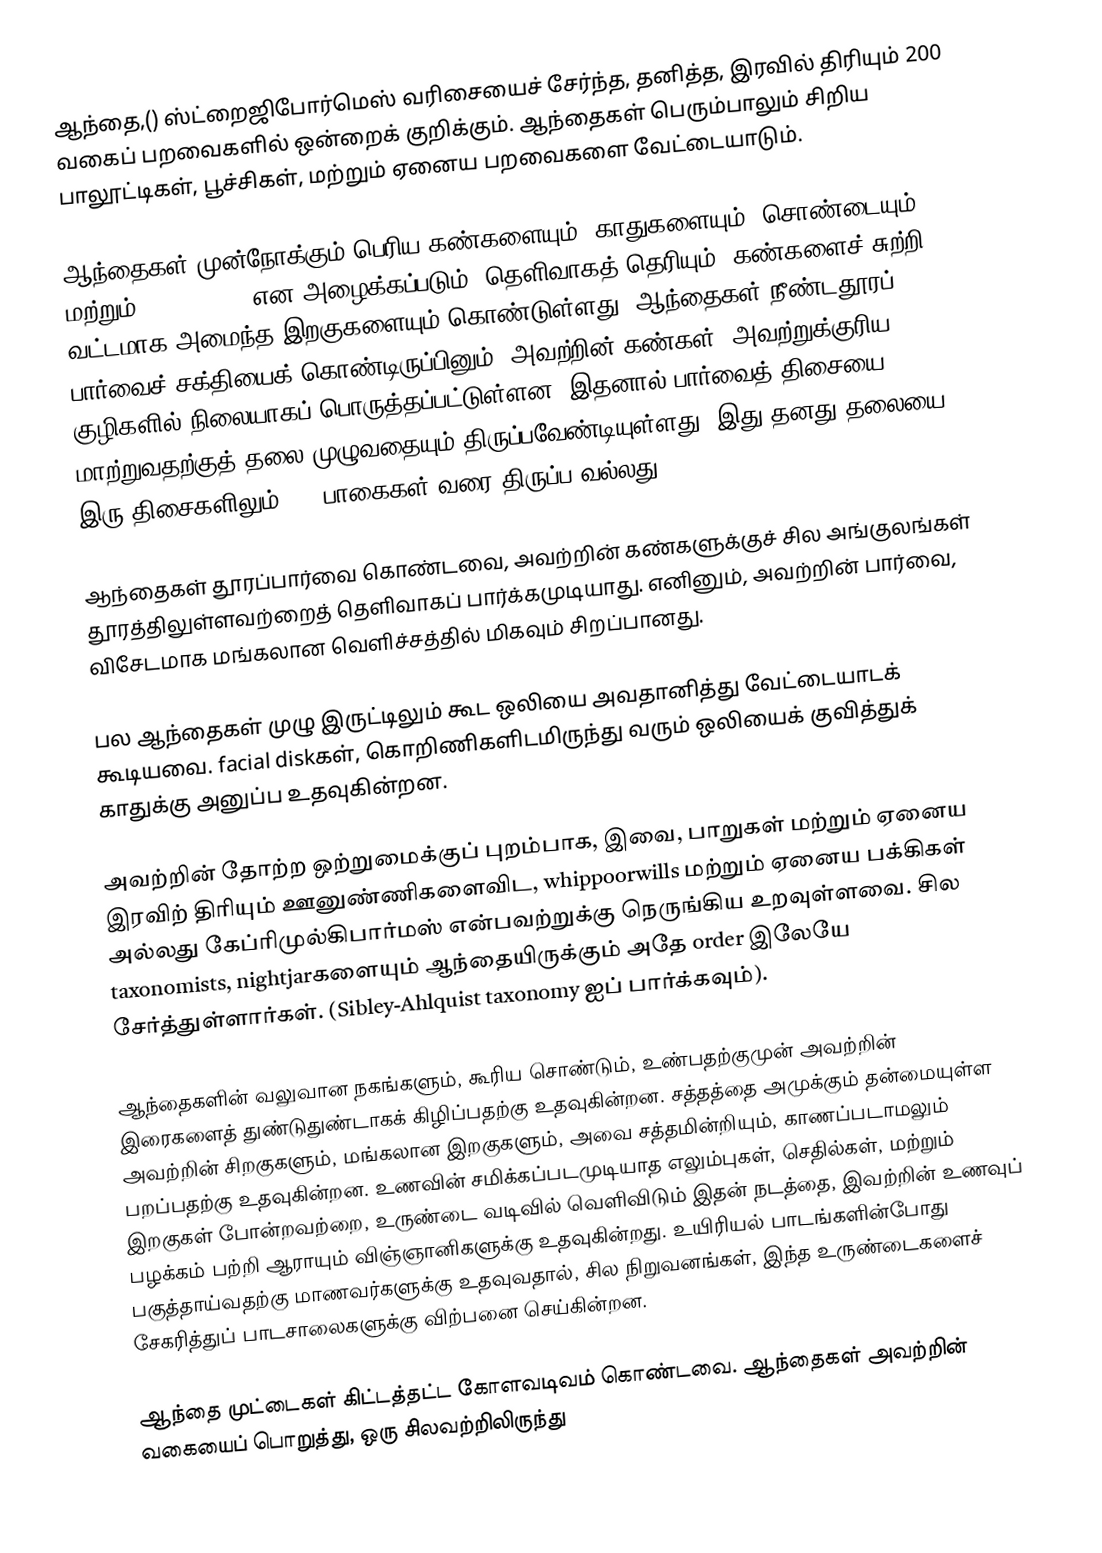
ஆந்தை,() ஸ்ட்றைஜிபோர்மெஸ் வரிசையைச் சேர்ந்த, தனித்த, இரவில் திரியும் 200 வகைப் பறவைகளில் ஒன்றைக் குறிக்கும். ஆந்தைகள் பெரும்பாலும் சிறிய பாலூட்டிகள், பூச்சிகள், மற்றும் ஏனைய பறவைகளை வேட்டையாடும்.

ஆந்தைகள் முன்நோக்கும் பெரிய கண்களையும், காதுகளையும், சொண்டையும், மற்றும் facial disk என அழைக்கப்படும், தெளிவாகத் தெரியும், கண்களைச் சுற்றி வட்டமாக அமைந்த இறகுகளையும் கொண்டுள்ளது. ஆந்தைகள் நீண்டதூரப் பார்வைச் சக்தியைக் கொண்டிருப்பினும், அவற்றின் கண்கள், அவற்றுக்குரிய குழிகளில் நிலையாகப் பொருத்தப்பட்டுள்ளன. இதனால் பார்வைத் திசையை மாற்றுவதற்குத் தலை முழுவதையும் திருப்பவேண்டியுள்ளது. இது தனது தலையை இரு திசைகளிலும் 270 பாகைகள் வரை திருப்ப வல்லது.

ஆந்தைகள் தூரப்பார்வை கொண்டவை, அவற்றின் கண்களுக்குச் சில அங்குலங்கள் தூரத்திலுள்ளவற்றைத் தெளிவாகப் பார்க்கமுடியாது. எனினும், அவற்றின் பார்வை, விசேடமாக மங்கலான வெளிச்சத்தில் மிகவும் சிறப்பானது.

பல ஆந்தைகள் முழு இருட்டிலும் கூட ஒலியை அவதானித்து வேட்டையாடக் கூடியவை. facial diskகள், கொறிணிகளிடமிருந்து வரும் ஒலியைக் குவித்துக் காதுக்கு அனுப்ப உதவுகின்றன.

அவற்றின் தோற்ற ஒற்றுமைக்குப் புறம்பாக, இவை, பாறுகள் மற்றும் ஏனைய இரவிற் திரியும் ஊனுண்ணிகளைவிட, whippoorwills மற்றும் ஏனைய பக்கிகள் அல்லது கேப்ரிமுல்கிபார்மஸ் என்பவற்றுக்கு நெருங்கிய உறவுள்ளவை. சில taxonomists, nightjarகளையும் ஆந்தையிருக்கும் அதே order இலேயே சேர்த்துள்ளார்கள். (Sibley-Ahlquist taxonomy ஐப் பார்க்கவும்).

ஆந்தைகளின் வலுவான நகங்களும், கூரிய சொண்டும், உண்பதற்குமுன் அவற்றின் இரைகளைத் துண்டுதுண்டாகக் கிழிப்பதற்கு உதவுகின்றன. சத்தத்தை அமுக்கும் தன்மையுள்ள அவற்றின் சிறகுகளும், மங்கலான இறகுகளும், அவை சத்தமின்றியும், காணப்படாமலும் பறப்பதற்கு உதவுகின்றன. உணவின் சமிக்கப்படமுடியாத எலும்புகள், செதில்கள், மற்றும் இறகுகள் போன்றவற்றை, உருண்டை வடிவில் வெளிவிடும் இதன் நடத்தை, இவற்றின் உணவுப் பழக்கம் பற்றி ஆராயும் விஞ்ஞானிகளுக்கு உதவுகின்றது. உயிரியல் பாடங்களின்போது பகுத்தாய்வதற்கு மாணவர்களுக்கு உதவுவதால், சில நிறுவனங்கள், இந்த உருண்டைகளைச் சேகரித்துப் பாடசாலைகளுக்கு விற்பனை செய்கின்றன.

ஆந்தை முட்டைகள் கிட்டத்தட்ட கோளவடிவம் கொண்டவை. ஆந்தைகள் அவற்றின் வகையைப் பொறுத்து, ஒரு சிலவற்றிலிருந்து